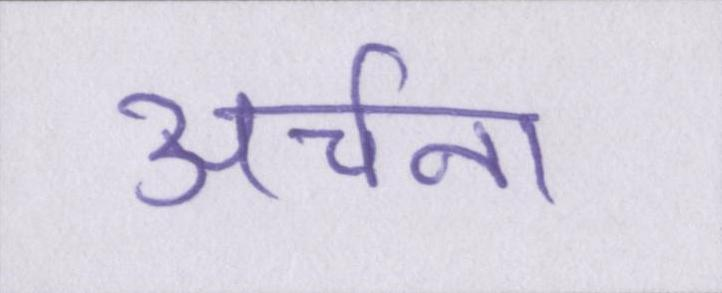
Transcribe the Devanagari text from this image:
अर्चना